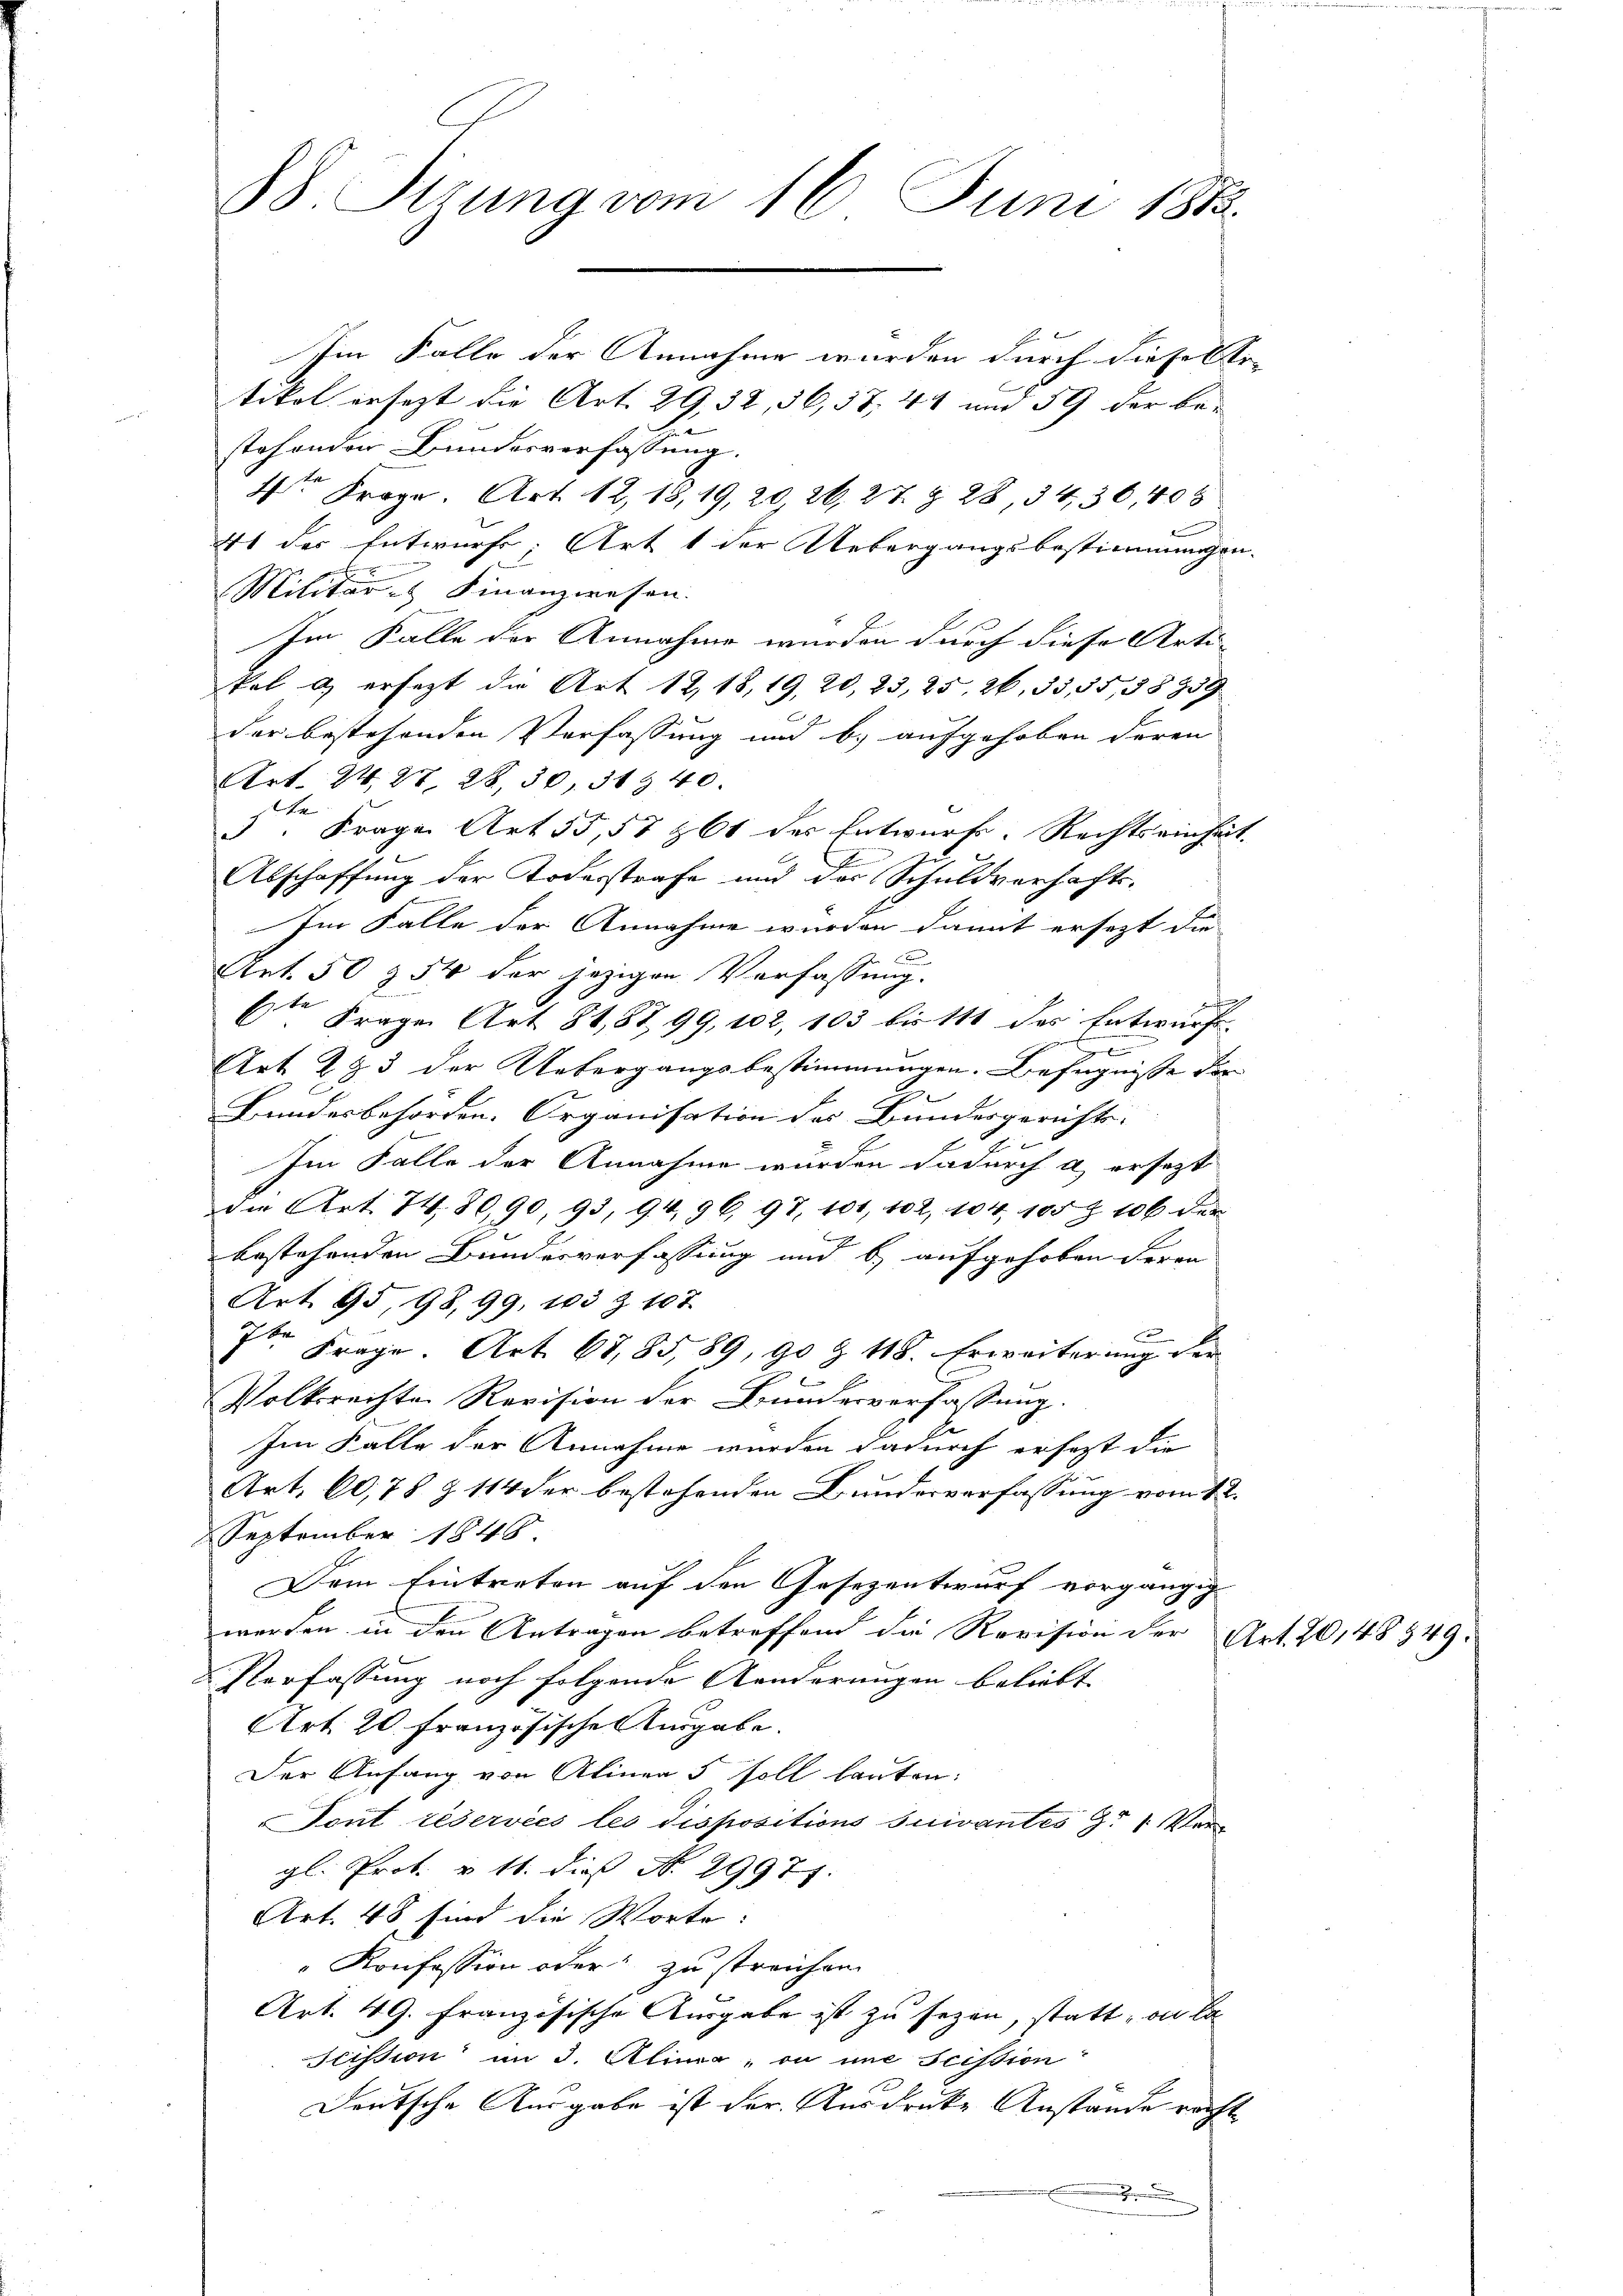
88 Pirung vom 16. Juni 1812.

Im Falle der Annahme wurden durch diese Ertikel ersezt die Art. 29, 32, 36,57, 44 und 59 der be-
stehenden Bundesverfassung.
4te Frage. Art. 12, 18, 19, 20, 26, 27 § 28, 34, 30, 405
41 des Entwurfs, Art 1 der Uebergangsbestimmungen-
Militär Finanzwesen.
Im Falle der Annahme wurden durch diese Arti-
kel dersezt die Art 1218, 19, 20, 23, 25. 26, 33, 35, 38959
der bestehenden Verfassung und b.) aufgehoben deren
Art. 24, 27, 28, 30, 319 40.
ka
3. Frage Art. 55, 57 & 61 des Entwurf. Rechtseinheit.
Abschaffung der Todesstrafe und des Schuldverhafts¬
Im Falle der Annahme wurden damit ersezt die
2
Art. 50 § 54 der jezigen Verfassung.
t
6te Frage Art. 81,87, 99, 102, 103 bis 111 des Entwurf.
¬
Art. 283 der Uebergangsbestimmungen. Befugnisse der
Bundesbehörden. Organisation des Bundesgerichts-
Im Falle der Annahme wurden dadurch a ersezt
die Art. 74, 80,90, 93, 94, 96, 97, 101, 102, 104, 105 Z 106 der
bestehenden Bundesverfassung und b.) aufgehoben deren
Art. 95, 98,99, 103 Z. 107.
f
7ten Frage. Art. 67,85, 89, 90 & 118. Erweiterung der
Volksrechte Revision der Bundesverfassung.
Im Falle der Annahme wurden dadurch ersezt die
Art. 60,78 § 114 der bestehenden Bundesverfassung vom 12.
September 1848
Dem Eintreten auf den Gesezentwurf vorgängig
werden in den Antragen betreffend die Revision der Art. 20148 349.
Verfassung noch folgende Aenderungen beliebt
Art. 20. Französische Ausgabe.
Der Anfang von Alinea 5 soll lauten:
Tont réservées les dispositions suivantes Hr. Vergl. Prot. u 11. dies No. 29977.
Art. 48 sind die Worte:
"Konfession oder zu streichen
Art. 49. Französische Ausgabe ist zu sezen, statt von la
Kission im 3. Alina, ou une scission
Deutsche Ausgabe ist der Ausdrucke Anstände recht

r